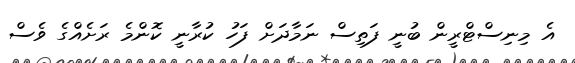
އެ މިނިސްޓްރީން ބުނީ ފަތިސް ނަމާދަށް ފަހު ކުރާނީ ކޮންމެ ރަށެއްގެ ވެސް